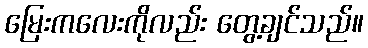
မြေးကလေးကိုလည်း တွေ့ချင်သည်။